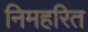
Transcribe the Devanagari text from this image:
निमहरित